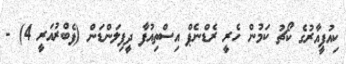
ކިއުޕީއާރުގެ ކޯޗު ކަމުން ހެރީ ރެޑްނެޕް އިސްތިއުފާ ދީފިލަންޑަން (ފެބްރުއަރީ 4) -